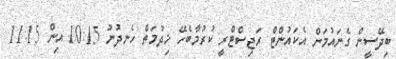
ބިދޭސީން ގެނައުމަށް އެކައުންޓް ރަޖިސްޓްރީ ކުރުމާބެހޭ ޚިދުމަތް ހެނދުނު 10:15 އިން 11:15